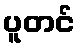
ပူတင်